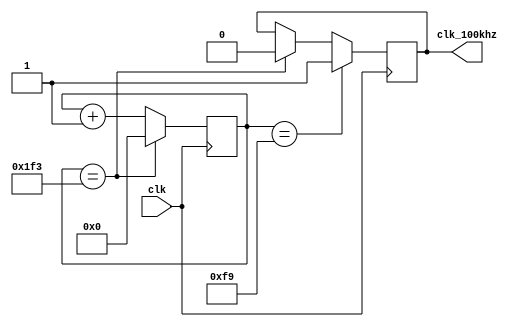
`timescale 1ns / 1ps
//////////////////////////////////////////////////////////////////////////////////
// Company: Myminieye
// 
// Design Name: 
// Module Name: div_clk
// Project Name: 
// Target Devices: 
// Tool Versions: 
// Description: 100khz10ms
// 
// Dependencies: 
// Revision: v1.0
// Revision 0.01 - File Created
// Additional Comments:
// 
//////////////////////////////////////////////////////////////////////////////////
`define UD #1
module div_clk #(
    parameter     CLK_FRE  = 26'd50_000_000
)
(
	input clk,
	output  clk_100khz
);
//times =500 :20ns*500=10us=100khz;
parameter CLK_DIV_10US = CLK_FRE/100_000;
reg [8:0]cnt;
always @(posedge clk)
begin
	if(cnt == CLK_DIV_10US - 1'b1)
		cnt<= `UD 9'd0;
	else 
		cnt <= `UD cnt + 1'b1;
end  

reg flag=1'b0;
always @(posedge clk)
begin
	if(cnt == (CLK_DIV_10US>>1) - 1'b1)
		flag <= `UD 1'b1;
	else if(cnt == CLK_DIV_10US - 1'b1)
		flag <= `UD 1'b0;
end 
assign clk_100khz = flag;

endmodule